Report on vaccination in Madras 1895-1903 - 1895-1903
Year: 1895
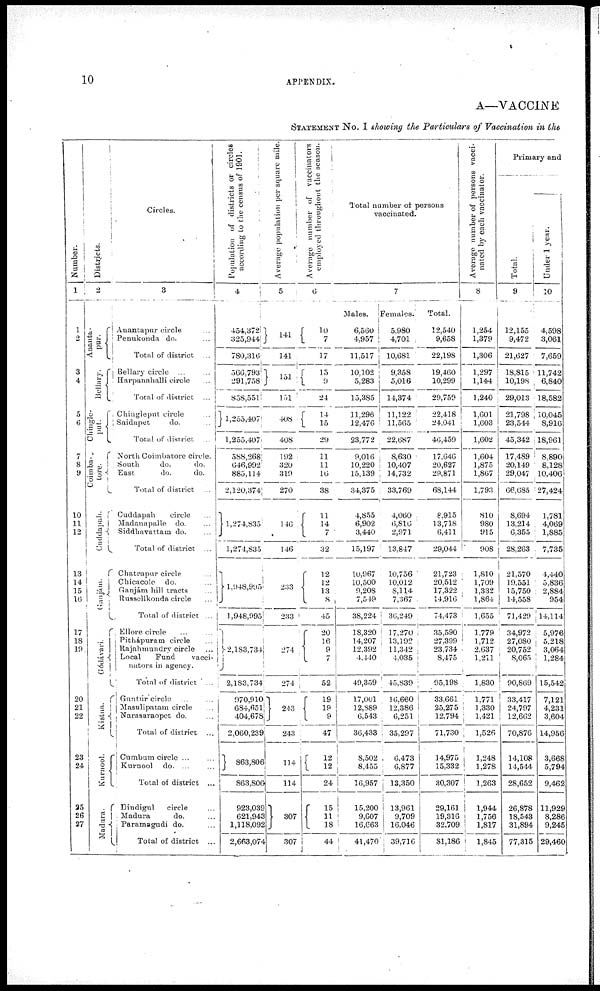
10
APPENDIX.
A—VACCINE
STATEMENT No. I showing the Particulars of Vaccination in the
Number.
1
1
2
3
4
5
6
7
8
9
10
11
12
13
14
15
16
17
18
19
20
21
22
23
24
25
26
27
Districts.
2
Ana nt a -
pur.
Bellary.
Chingle-
put.
Coimba¬
tore.
Cuddapah.
Gunjám.
Gódávari.
Kistna.
Kurnool.
Madura.
Circles.
3
Auantapur circle ...
Penukonda do. ...
Total of district ...
Bellary circle ...
Harpanahalli circle ...
Total of district ...
Chingleput circle
...
Saidapet
do.
...
Total of district ...
North Coimbatore circle.
South
do.
do.
East
do.
do.
Total of district ...
Cuddapah
circle
...
Madanapalle do. ...
Siddhavattam do.
...
Total of district ...
Chatrapur circle
...
Chicacole do. ...
Ganjám hill tracts ...
Russellkonda circle
...
Total of district ...
Ellore circle ... ... ...
Pithápuram circle
...
Rajahmundry circle ...
Local
Fund
vacci¬
nators in agency.
Total of district ...
Guntúr circle ...
...
Masulipatam circle
...
Narasaraopet do.
...
Total of district ...
Cumbum circle ...
Kurnool do. ... ...
Total of district ...
Diudigul
circle ...
Madura
do. ...
Paramagudi do. ...
Total of district ...
Population of districts or circles
according to the census of 1901.
4
454,372
325,944
780,316
566,793
291,758
858,55l
1,255,407
l,255,407
588,268
646,992
885,114
2,120,374
1,274,835
1,274,835
1,948,995
1,948,995
2,183,734
2,183,734
970,910
684,651
404,678
2,060,239
863,806
863,806
923,039
621,943
1,118,092
2,663,074
Average population per square mile.
5
141
141
151
151
408
408
192
320
319
270
146
146
233
23
274
274
24
243
114
114
307
307
Average number of vaccinators
employed throughout the season.
6
10
7
17
15
9
24
14
15
29
11
11
16
38
11
14
7
32
12
12
13
8
45
20
16
9
7
52
l9
3
19
9
47
12
12
24
15
11
18
44
Total number of persons
vaccinated.
males.
6,560
4,957
11,517
10,102
5,283
15,385
11,296
12,476
23,772
9,016
10,220
15,139
34,375
4,855
6,902
3,440
15,197
10,967
10,500
9,208
7,549
38,224
18,320
14,207
12,392
4,440
49,359
17,001
12,889
6,543
36,433
8,502
8,455
16,957
15,200
9,607
16,663
41,470
7
Females.
5,980
4,701
10,681
9,358
5,016
14,374
11,122
11,565
22,687
8,630
10,407
14,732
33,769
4,060
6,816
2,971
13,847
10,756
10,012
8,114
7,367
36,249
17,270
13,192
11,342
4,035
45,839
16,660
12,386
6,251
35,297
6,473
6,877
13,350
13,961
9,709
16,046
39,716
Total.
12,540
9,658
22,198
19,460
10,299
29,759
22,418
24,041
40,459
17,646
20,627
29,871
68,144
8,915
13,718
6,411
29,044
21,723
20,512
17,322
14,916
74,473
35,590
27,399
23,734
8,475
95,198
33,661
25,275
12,794
71,730
14,975
15,332
30,307
29,16
19,316
32,709
81,186
Average number of persons vacci-
nated by each vaccinator.
8
1,254
1,379
1,306
1,297
1,144
1,240
1,601
1,603
1,602
1,604
1,875
1,867
1,793
810
980
915
908
1,810
1,709
1,332
1,864
1,655
1,779
1,712
2,637
1,211
1,830
1,771
1,330
1,421
1,526
1,248
1,278
1,263
1,944
1,756
1.817
1,845
Primary and
Total.
9
12,155
9,472
21,627
18,815
10,198
29,013
21,798
23,544
45,342
17,489
20,149
29,047
66,685
8,694
13,214
6,355
28,263
21,570
19,551
15,750
14,558
71,429
34,972
27,080
20,752
8,065
90,869
33,417
24,797
12,662
70,876
14,108
14,544
28,652
26,878
18,543
31,894
77,315
Under 1 year.
10
4,598
3,061
7,659
11,742
6,840
18,582
10,045
8,916
18,961
8,890
8,128
10,406
27,424
1,781
4,069
1,885
7,735
4,440
5,836
2,884
954
14,114
5,976
5,218
3,064
1,284
15,542
7,121
4,231
3,604
14,956
3,668
5,794
9,462
11,929
8,286
9,245
29,460